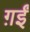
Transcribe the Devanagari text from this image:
ग़ईं